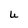
Character: U